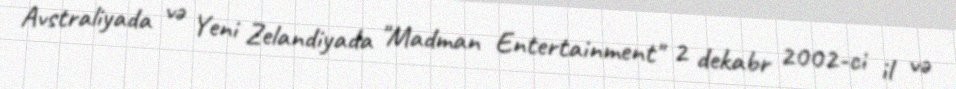
Avstraliyada və Yeni Zelandiyada "Madman Entertainment" 2 dekabr 2002-ci il və